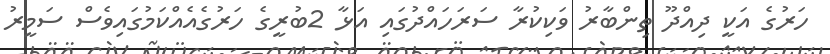
ހަރުގެ އަކީ ދިއްދޫ ތިންބާރު ވަކިކުރާ ސަރަހައްދުގައި އަޅާ 2ބުރީގެ ހަރުގެއެއްކަމުގައިވެސް ސަމީރު